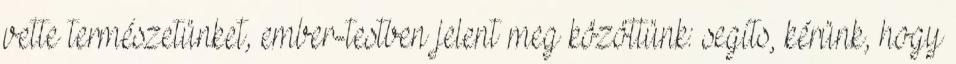
vette természetünket, ember-testben jelent meg közöttünk: segíts, kérünk, hogy